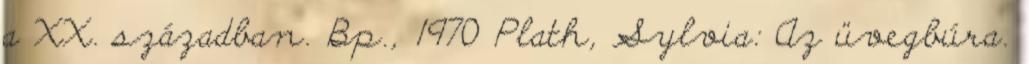
a XX. században. Bp., 1970 Plath, Sylvia: Az üvegbúra.